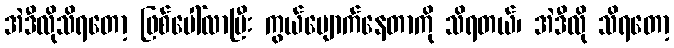
အဲဒီလိုသိရတော့ ဖြစ်ပေါ်လာပြီး ကွယ်ပျောက်နေတာကို သိရတယ်၊ အဲဒီလို သိရတော့